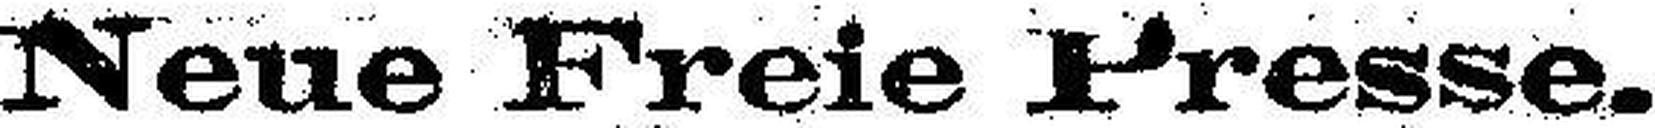
Neue Freie Presse.